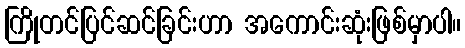
ကြိုတင်ပြင်ဆင်ခြင်းဟာ အကောင်းဆုံးဖြစ်မှာပါ။